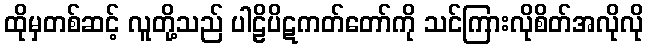
ထိုမှတစ်ဆင့် လူတို့သည် ပါဠိပိဋကတ်တော်ကို သင်ကြားလိုစိတ်အလိုလို